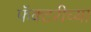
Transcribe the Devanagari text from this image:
फॅक्टरीच्या